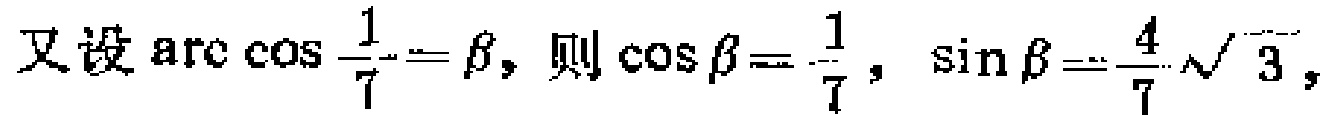
又设\(\arccos\frac{1}{7} = \beta\)，则\(\cos\beta=\frac{1}{7}\)，\(\sin\beta = \frac{4}{7}\sqrt{3}\)，